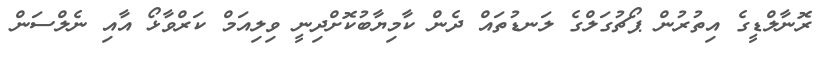
ރޮނާލްޑީގެ އިތުރުން ޕޯޗުގަލްގެ ލަނޑުތައް ދެން ކާމިޔާބުކޮށްދިނީ ވިލިއަމް ކަރްވާޅޯ އާއި ނެލްސަން